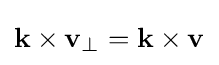
\mathbf {k} \times \mathbf {v} _{\perp }=\mathbf {k} \times \mathbf {v}